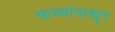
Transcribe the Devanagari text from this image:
चाच्यांपासून